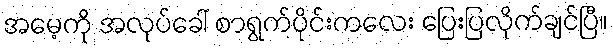
အမေ့ကို အလုပ်ခေါ် စာရွက်ပိုင်းကလေး ပြေးပြလိုက်ချင်ပြီ။